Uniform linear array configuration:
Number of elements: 24
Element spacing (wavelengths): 0.75
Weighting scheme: hann
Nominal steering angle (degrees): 15
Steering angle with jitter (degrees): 15.12
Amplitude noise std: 0.05
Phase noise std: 0.05

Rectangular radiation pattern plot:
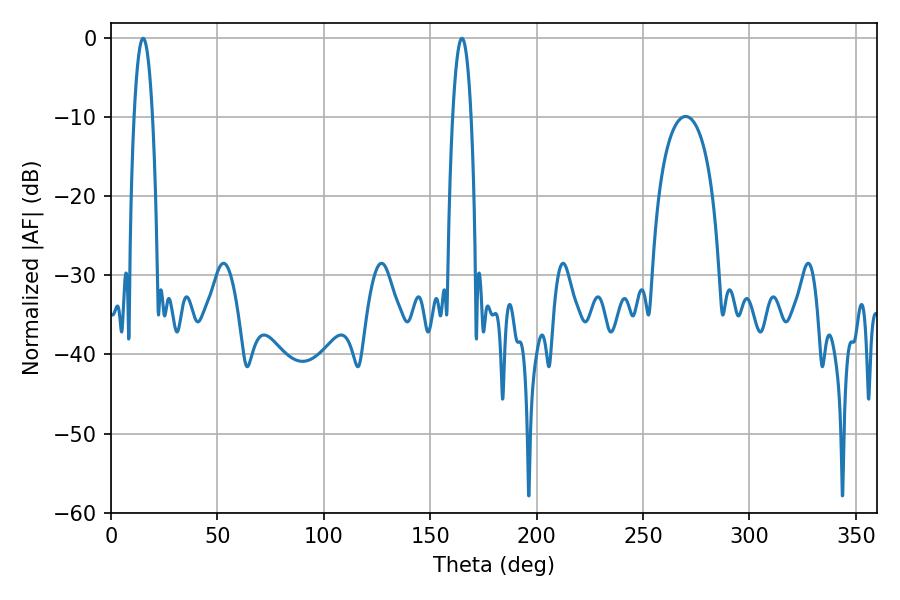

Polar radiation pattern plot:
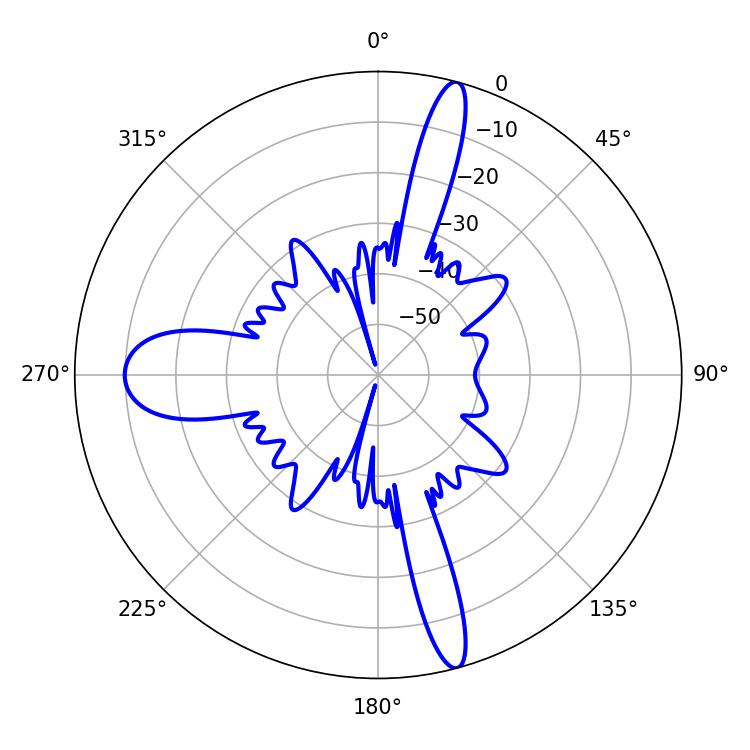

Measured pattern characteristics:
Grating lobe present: TRUE
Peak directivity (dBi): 20.061
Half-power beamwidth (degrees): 4.68
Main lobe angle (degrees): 15.12